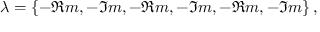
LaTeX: \lambda = \{ - \Re m , - \Im m , - \Re m , - \Im m , - \Re m , - \Im m \} \, ,